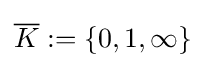
{\overline {K}}:=\{0,1,\infty \}